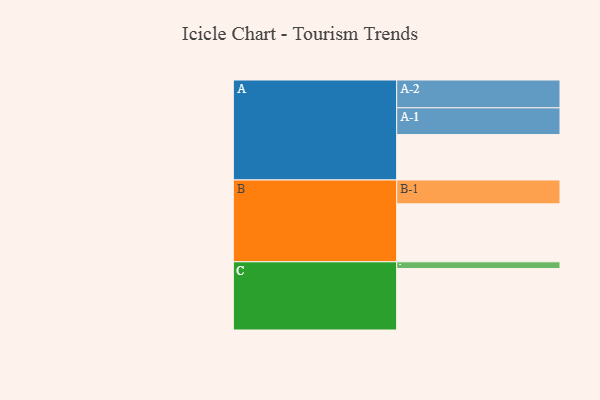
{"axis": {"x": "Segment", "y": "Value"}, "legend": ["", "A", "B", "C"], "data": [{"x": "A", "y": 380, "type": ""}, {"x": "B", "y": 485, "type": ""}, {"x": "C", "y": 515, "type": ""}, {"x": "A-1", "y": 224, "type": "A"}, {"x": "A-2", "y": 233, "type": "A"}, {"x": "B-1", "y": 200, "type": "B"}, {"x": "C-1", "y": 56, "type": "C"}]}